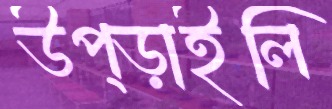
উপ্‌ড়াইলি